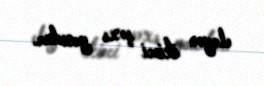
eləyən ikinci şəxs yoxdur.